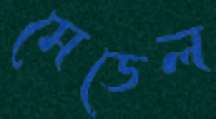
মেডেল